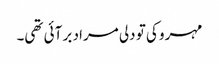
مہرو کی تو دلی مراد بر آئی تھی۔